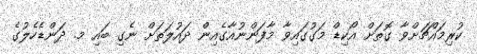
ކުރިމައްޗަށްވާ ގޮތަށް އޯކިޑް މަގުގައިވާ މާފަންނުއާގެއިން ދައުލަތަށް ނެގި ބައި މ. ދަންޑެހެލުގެ